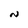
Character: N